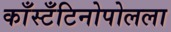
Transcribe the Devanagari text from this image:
काँस्टँटिनोपोलला